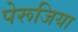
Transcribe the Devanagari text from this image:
पेरूजिया